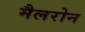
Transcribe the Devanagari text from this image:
मैलरोन